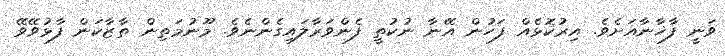
ވަނީ ފާޚާނާއަށެވެ. އިރުކޮޅެއް ފަހުން އޭނާ ނުކުތީ ފެންވަރާލައިގެންނެވެ. މޫނުމަތިން ތާޒާކަން ފާޅުވޭވޭ